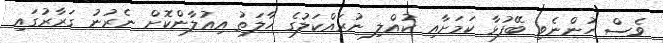
ވެސް ހުންނެވި ބޭފުޅާ ކަމަށާއި ކުއްލި ނުރައްކަލުގެ ހާލަތު އިއުލާންކޮށް ނެރުނު ގަރާރުގައި